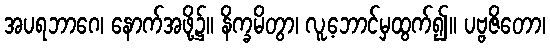
အပရဘာဂေ၊ နောက်အဖို့၌။ နိက္ခမိတွာ၊ လူ့ဘောင်မှထွက်၍။ ပဗ္ဗဇိတော၊